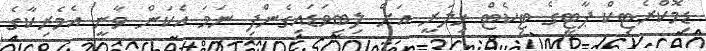
ޑިމޮކްރެޓިކް ޕާޓީގެ ޓިކެޓް ހިލަރީ އަށް ލިބިވަޑައިގެންފި ނަމަ އެކަން ވާނީ އެމެރިކާގެ